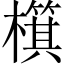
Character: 檱